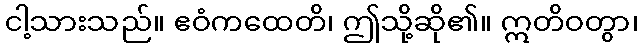
ငါ့သားသည်။ ဧဝံကထေတိ၊ ဤသို့ဆို၏။ ဣတိဝတွာ၊